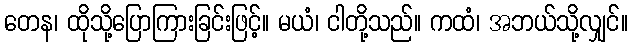
တေန၊ ထိုသို့ပြောကြားခြင်းဖြင့်။ မယံ၊ ငါတို့သည်။ ကထံ၊ အဘယ်သို့လျှင်။